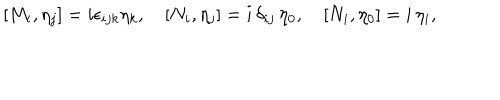
[ M _ { i } , \eta _ { j } ] = i \epsilon _ { i j k } \eta _ { k } , \quad [ N _ { i } , \eta _ { j } ] = i \, \delta _ { i j } \, \eta _ { 0 } , \quad [ N _ { i } , \eta _ { 0 } ] = i \, \eta _ { i } ,